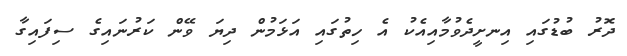
ދޮރު ބުޑުގައި އިނށީދެވުމާއިއެކު އެ ހިތުގައި އަޅަމުން ދިޔަ ވޭން ކަރުނައިގެ ސިފައިގާ